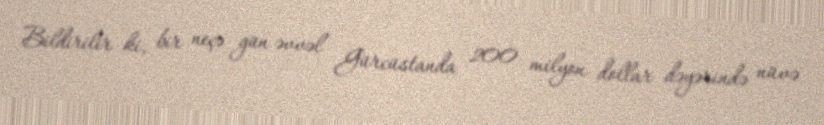
Bildirilir ki, bir neçə gün əvvəl Gürcüstanda 200 milyon dollar dəyərində nüvə